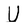
Character: U